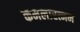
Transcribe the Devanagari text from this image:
कमलारत्नम